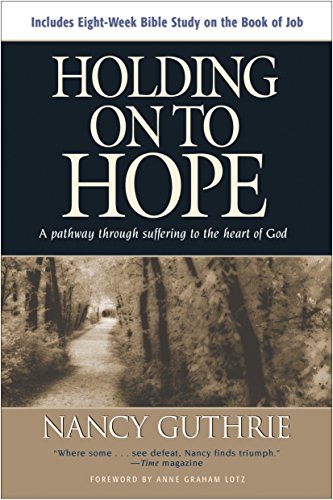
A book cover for Holding On to Hope: A Pathway through Suffering to the Heart of God; Nancy Guthrie; Christian Books & Bibles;